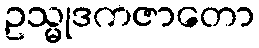
ဥသ္မုဒကဇာတော